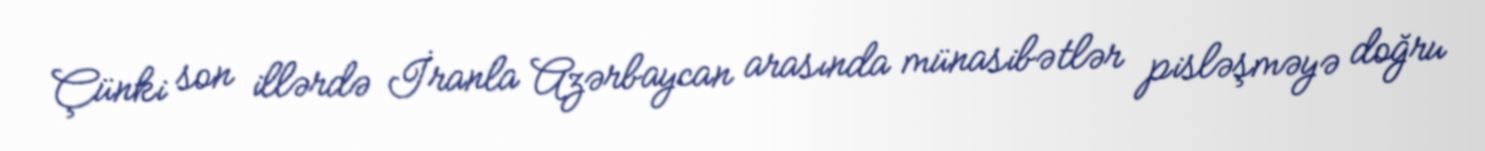
Çünki son illərdə İranla Azərbaycan arasında münasibətlər pisləşməyə doğru